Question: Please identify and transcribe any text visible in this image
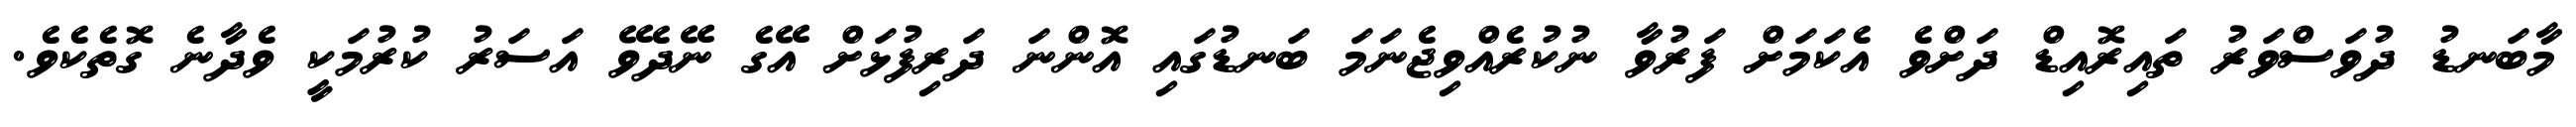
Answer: މާބަނޑު ދުވަސްވަރު ތައިރޮއިޑް ދަށްވެ އެކަމަށް ފަރުވާ ނުކުރެއްވިޖެނަމަ ބަނޑުގައި އޮންނަ ދަރިފުޅަށް އޭގެ ނޭދެވޭ އަސަރު ކުރުމަކީ ވެދާނެ ގޮތެކެވެ.